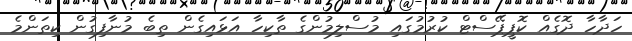
ހަދާހާ ދޮގެއް ކޮޕީޕޭސްޓް ކުރުމުގައި މުސްލިމުންގެ ތާކިހާ އަޅައިގެން ތިބެ މުނާފިގުން ކިތަންމެ